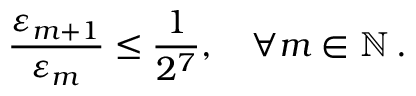
\frac { \varepsilon _ { m + 1 } } { \varepsilon _ { m } } \leq \frac 1 { 2 ^ { 7 } } , \quad \forall m \in \ensuremath { \mathbb { N } } \, .